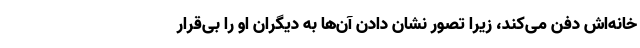
خانه‌اش دفن می‌کند، زیرا تصور نشان دادن آن‌ها به دیگران او را بی‌قرار